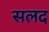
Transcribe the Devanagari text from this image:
सलद